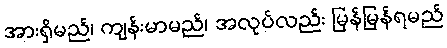
အားရှိမည်၊ ကျန်းမာမည်၊ အလုပ်လည်း မြန်မြန်ရမည်